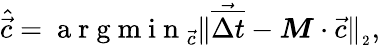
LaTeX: \hat{\vec{c}}=\mathrm{~a~r~g~m~i~n~}_{\vec{c}}\| \vec{\overline{{\Delta t}}}-\boldsymbol{M}\cdot\vec{c}\| _{_2},